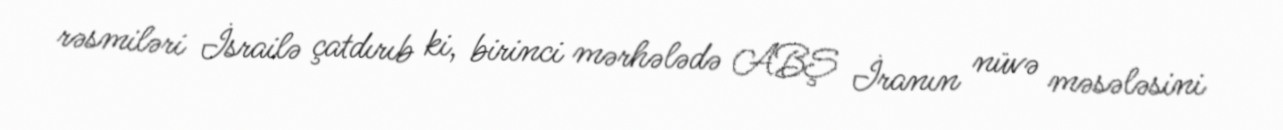
rəsmiləri İsrailə çatdırıb ki, birinci mərhələdə ABŞ İranın nüvə məsələsini